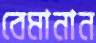
বেমানান